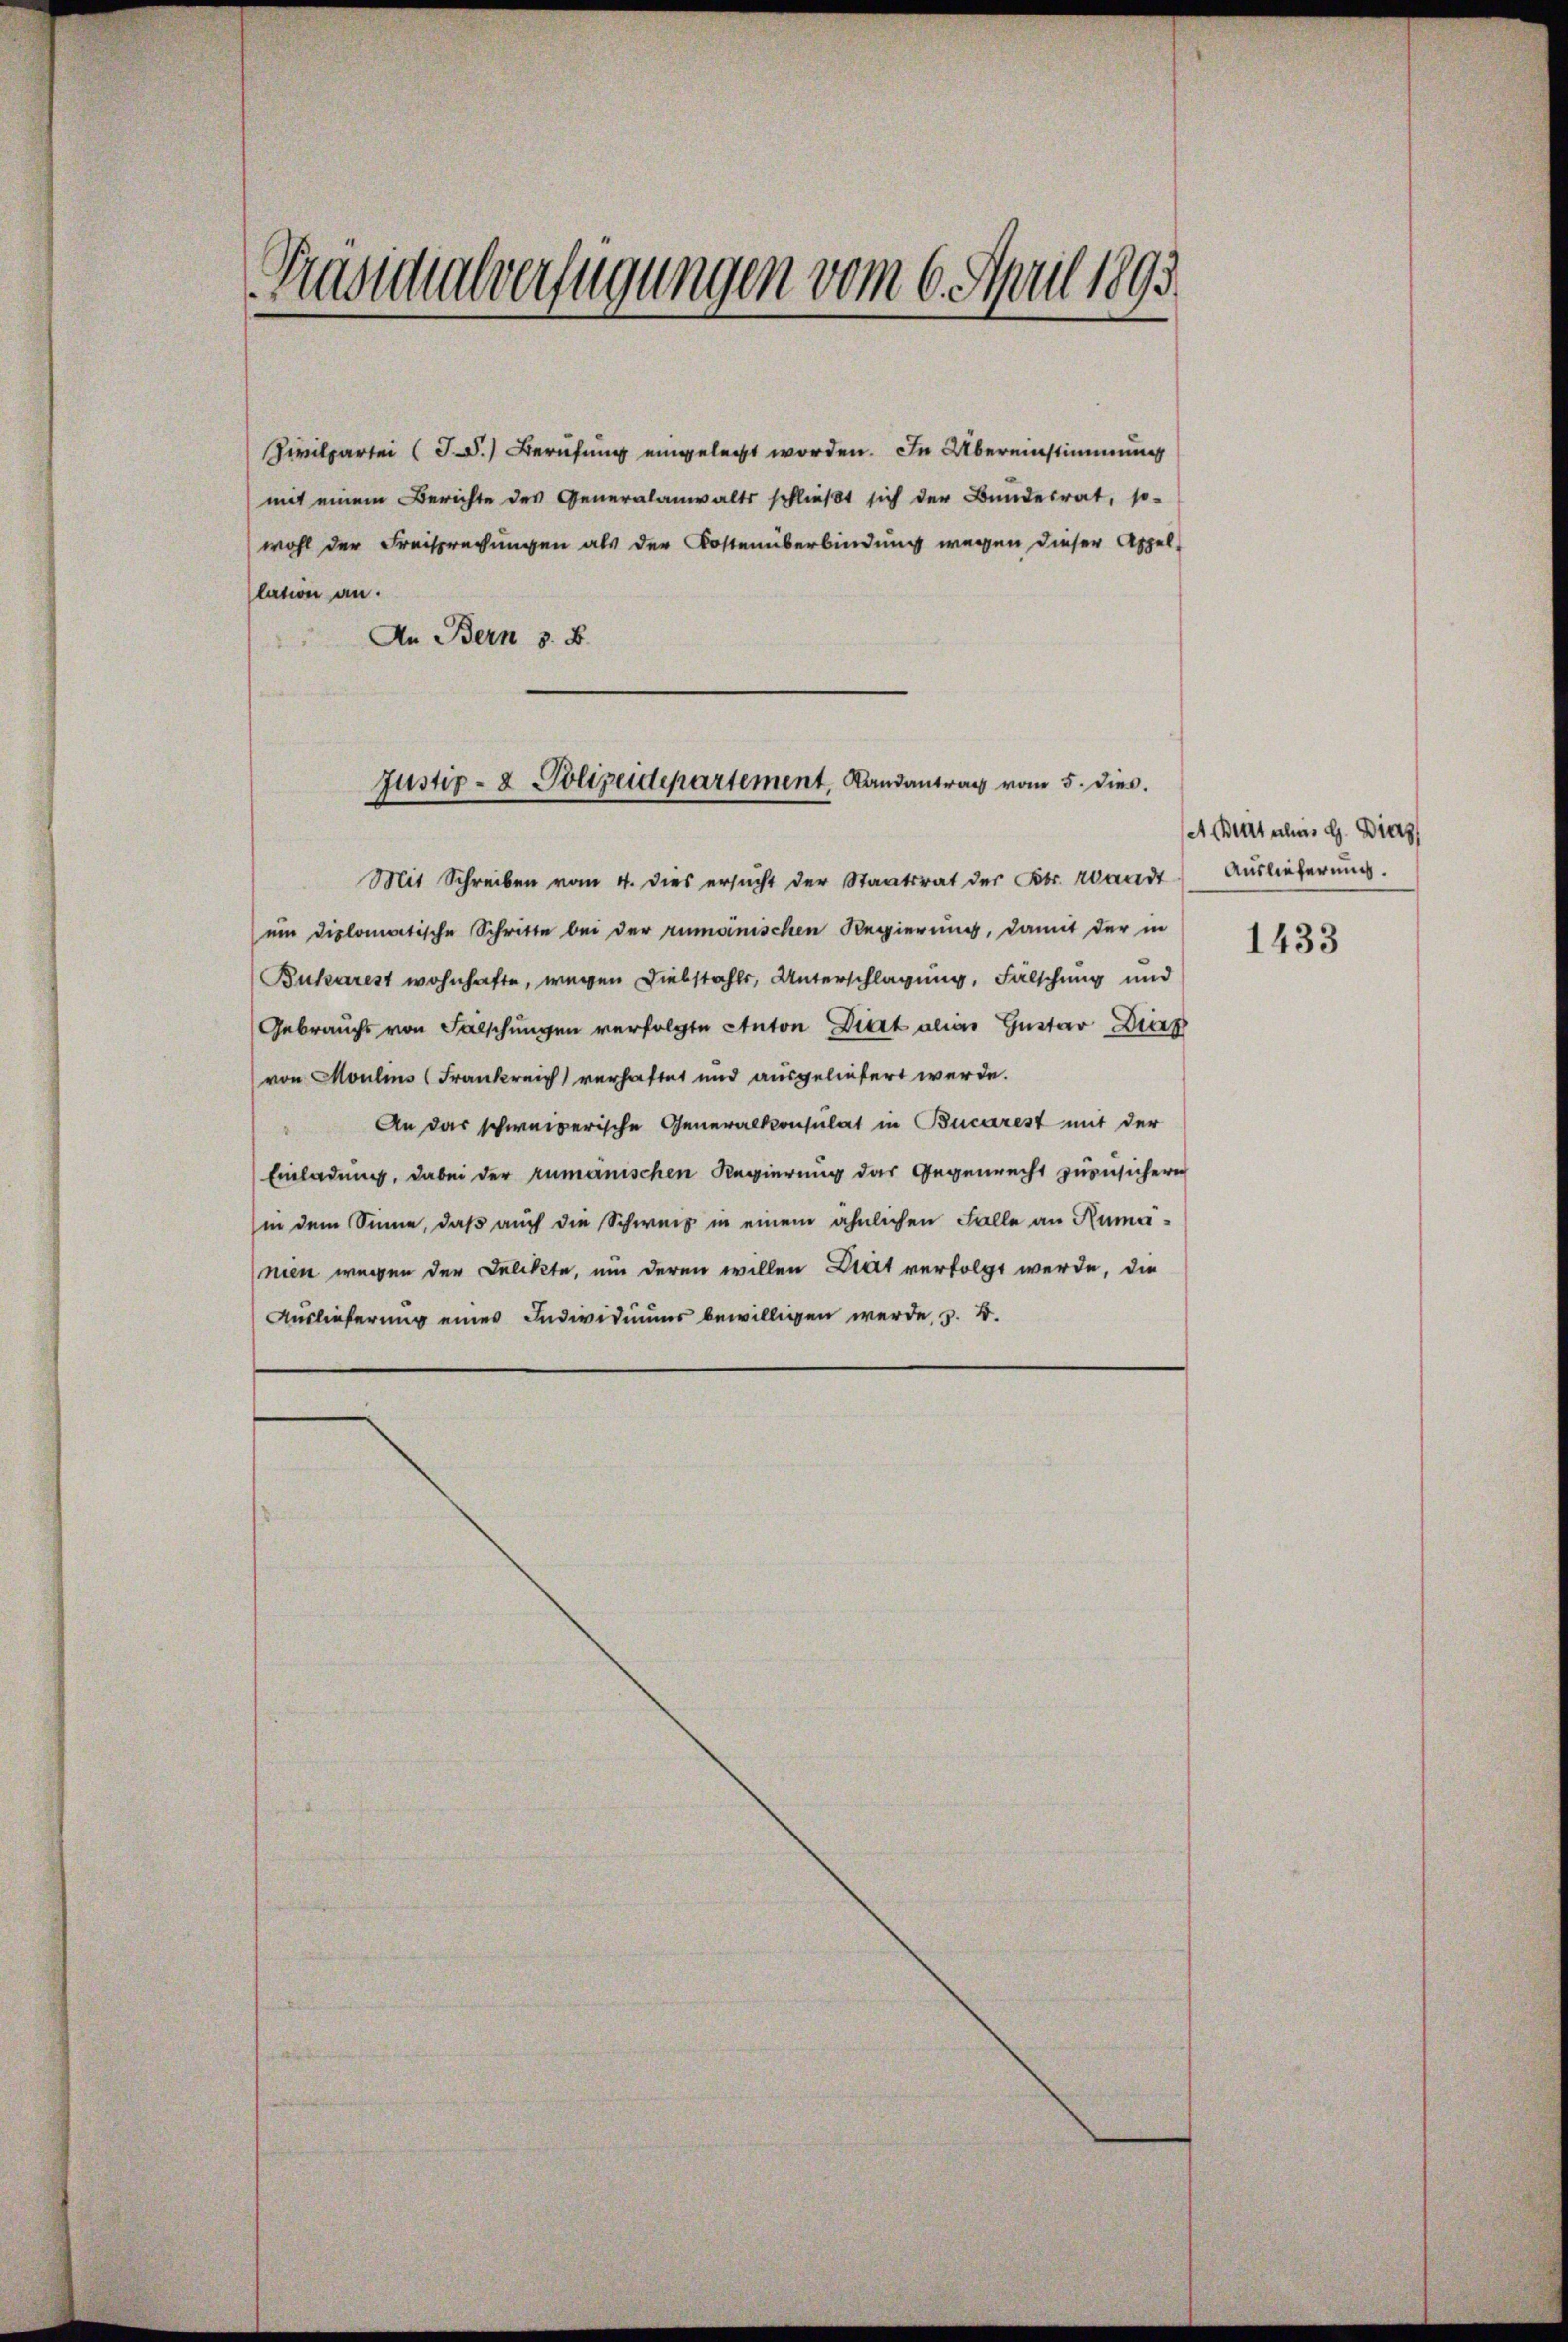
Präsidialverfügungen vom 6. April 1893.

Zivilpertei (J.) Berufung eingelegt worden. In Übereinstimmung
mit einem Berichte des Generalanwalts schließt sich der Bundesrat, so-
wohl der Freisprechungen als der Kostenüberbindung wegen dieser Appel-
lation an.
An Bern z. B.

Justiz- & Polizeidepartement, Landantrag vom 5. dies.

Mit Schreiben vom 4. dies ersucht der Staatsrat des Kts. Waadt
ein Diplomatische Schritte bei der rumänischen Regierung, damit der in
Buharest wohnhafte, wegen Diebstahls, Unterschlagung, Fälschung und
Gebrauchs von Fälschungen verfolgte Anton Diert alias Gustav Dick
von Moulins (Frankreich verhaftet und ausgeliefert werde.
An das schweizerische Generalkonsulat in Bucarest mit der
Einladung, dabei der rumänischen Regierung das Gegenrecht zuzusichern
in dem Sinne, daß auch die Schweiz in einem ähnlichen Falle an Rumanien wegen der Delikte, um deren willen Drat verfolgt werde, die
Auslieferung eines Individuums bewilligen werde, s. B.

A Beurt als d. Dies
Auslieferung.

1433